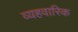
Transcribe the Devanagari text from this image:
व्यहवारिक